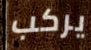
يركب